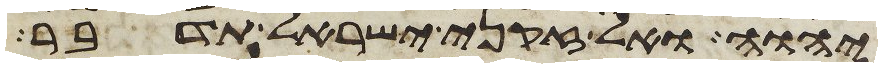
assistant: יהוה ואל זקני ישראל תדבר